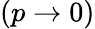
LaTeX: (p\rightarrow 0)